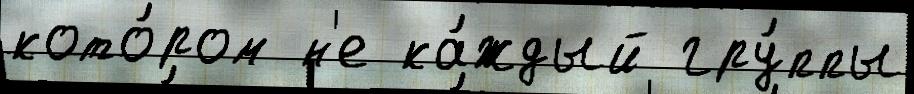
кото́ром н'е ка́ждый гру́ппы